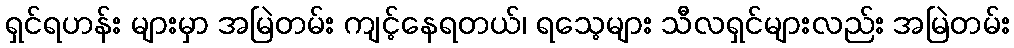
ရှင်ရဟန်း များမှာ အမြဲတမ်း ကျင့်နေရတယ်၊ ရသေ့များ သီလရှင်များလည်း အမြဲတမ်း